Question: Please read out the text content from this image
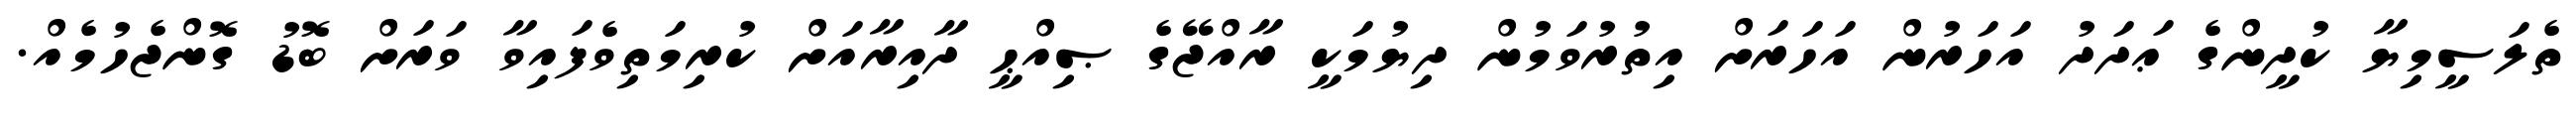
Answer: ތެލަސީމިޔާ ކުދީންގެ ޢަދަދު އަހަރުން އަހަރަށް އިތުރުވަމުން ދިޔުމަކީ ރާއްޖޭގެ ޞިއްޙީ ދާއިރާއަށް ކުރިމަތިވެފައިވާ ވަރަށް ބޮޑު ގޮންޖެހުމެއް.